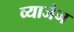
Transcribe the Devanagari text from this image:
व्याजेन